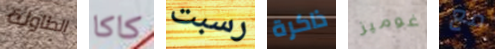
الطاولة كاكا رسبت ذاكرة غوميز مع